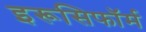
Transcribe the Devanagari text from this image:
इरूसिफॉर्म